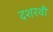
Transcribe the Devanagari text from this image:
दशरथी